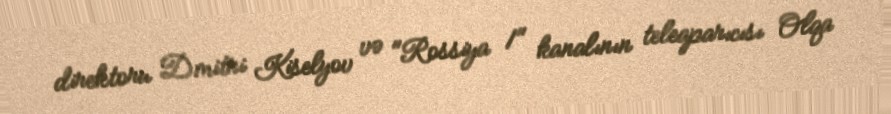
direktoru Dmitri Kiselyov və "Rossiya 1" kanalının teleaparıcısı Olqa